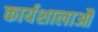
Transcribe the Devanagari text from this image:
कार्यशालाऔ